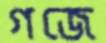
গজে